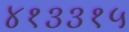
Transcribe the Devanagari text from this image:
४१३३१५